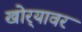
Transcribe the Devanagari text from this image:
खोर्‍यावर